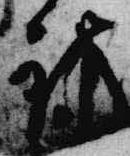
訪